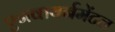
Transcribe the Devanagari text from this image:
एनवायर्नमेंटल